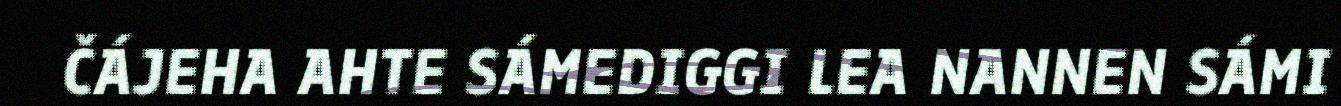
ČÁJEHA AHTE SÁMEDIGGI LEA NANNEN SÁMI